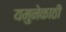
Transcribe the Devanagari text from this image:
यमुनेकाठी